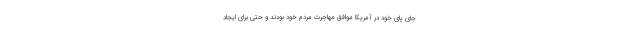
جای پای خود در آمریکا موافق مهاجرت مردم خود بودند و حتی برای ایجاد